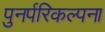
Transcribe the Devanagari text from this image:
पुनर्परिकल्पना